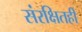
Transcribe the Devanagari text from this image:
संरक्षितही